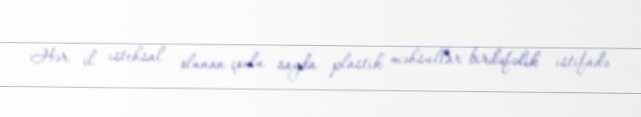
Hər il istehsal olunan çoxlu sayda plastik məhsullar birdəfəlik istifadə